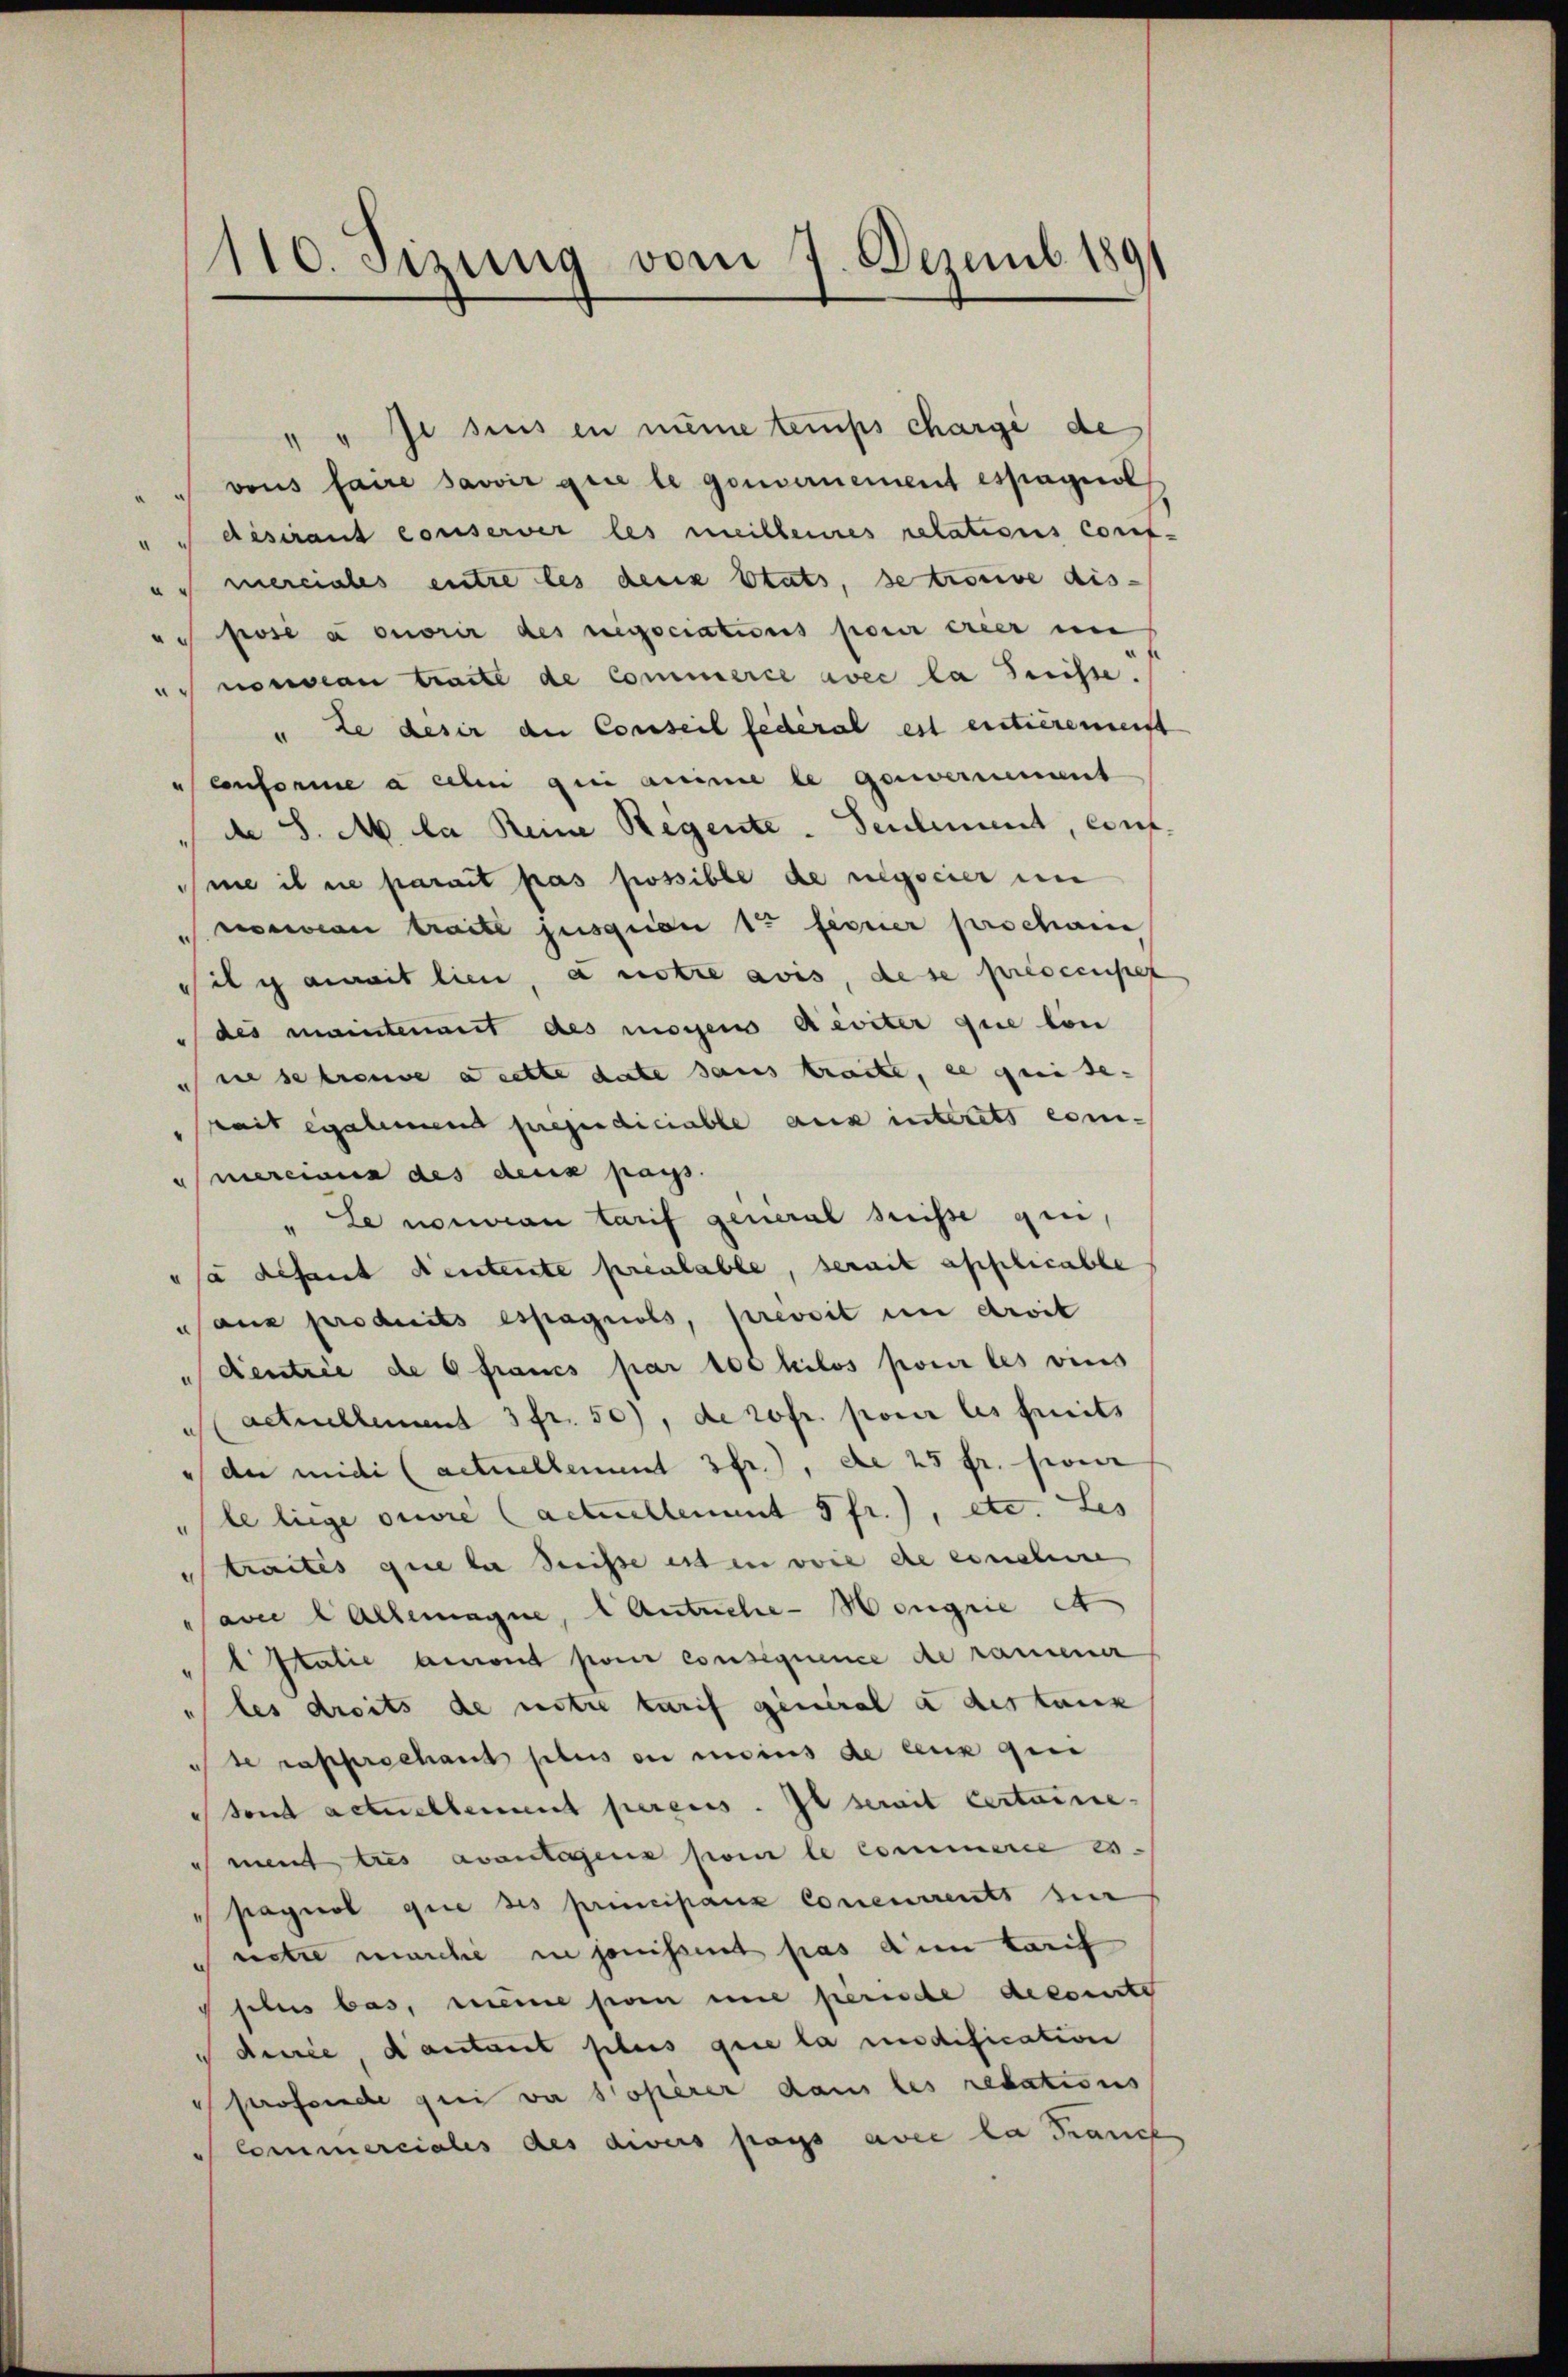
110. Sizung vom 7. Dezemb. 189

" " Ja sies in meine teurs chargé de
vons faire savoir que le gouvernement espagnol
desirant conserver les meilleines relations Conf
us merciales entre les den Etats, se trouve dis-
pose enorir des negociations pour ereer un
 nouveau traite de Commerce avec la Suisse.
" ze desir der Conseil federal est enticrement
conforme a leben gei anime le Gouvernement
 d S. M. la Reine Regente. Seulemend, eint
ne il ne parait pas possible de negscier ein
nein traite jusquien 1ten ferner prochan
Sil ich anmit lien, a notre avis, dese presecuses
des mainterweit des mögens deviter que lon
u sie se treue a cette date sans tracte, et qui de-
Zeit egalmend prependiciable aux interets com-
mereines des deus pass.
"Le nomien tarif general Suisse qui,
sa disant deutente prenable, serait applicable
ans produits espagnols, preseit in droit
dientrie de francs par 100 hilos pour les vins
actuellement 3 fr. 50), de rofr. pour les fruits
" der midi (actuellement 3fr.), de 25 fr. siver
le liege ouvre (actuellement 5 fr.), etc. Les
traites que la Suisse ist in voie die ernehme
ave Allemagne, 1 Antriche-Hougrie e
 Italie ansont pour consequence de rammener
les droits de notre tarif general a des tanz
se rapprechant plus ou moins de ceux qui
 send actuellement perens. Il serait certaine.
ment tres avantiens pour le commerie es
pagnol quie des principanz Concurrents hier
netze marche in jouissent pas dem tarif
sibus bas, meine son eine fierische decomite
durée, d’autant plus que la modification
professde qui va opérer dans les redations
Commerciales des divers pays avec la Franch